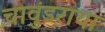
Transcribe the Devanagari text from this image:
चावुंडराया